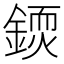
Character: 𨪳